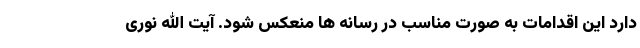
دارد این اقدامات به صورت مناسب در رسانه ها منعکس شود. آیت الله نوری